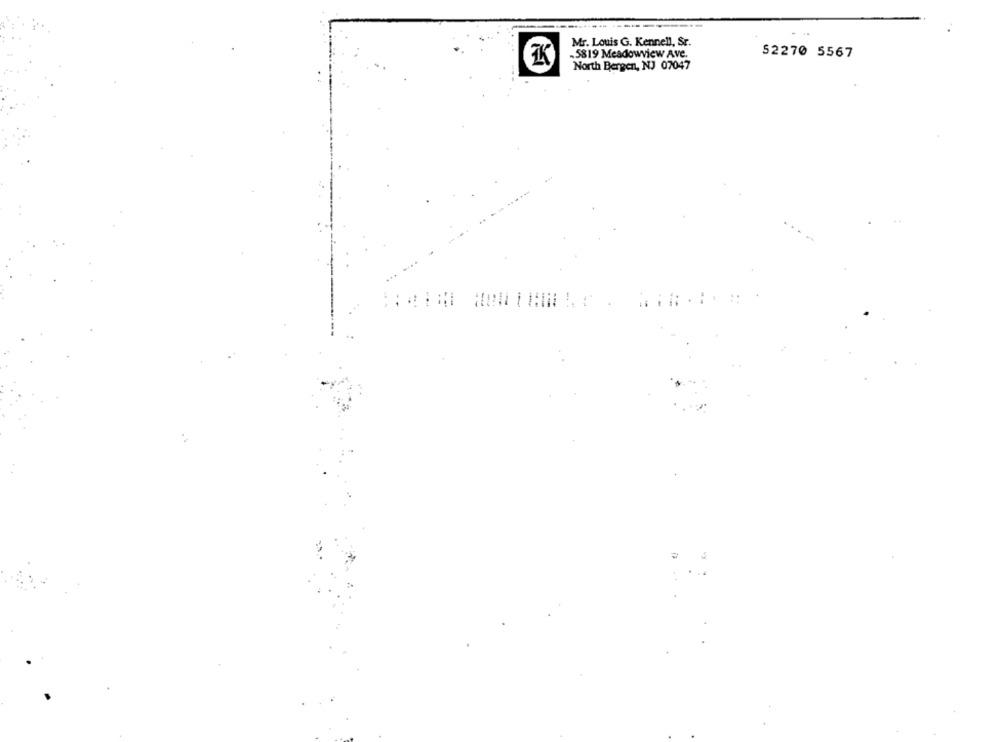
Mr. Louis G. Kennell, Sr.
-5819 Meadowview Ave.
52270 5567
North Bergen, NJ 07047